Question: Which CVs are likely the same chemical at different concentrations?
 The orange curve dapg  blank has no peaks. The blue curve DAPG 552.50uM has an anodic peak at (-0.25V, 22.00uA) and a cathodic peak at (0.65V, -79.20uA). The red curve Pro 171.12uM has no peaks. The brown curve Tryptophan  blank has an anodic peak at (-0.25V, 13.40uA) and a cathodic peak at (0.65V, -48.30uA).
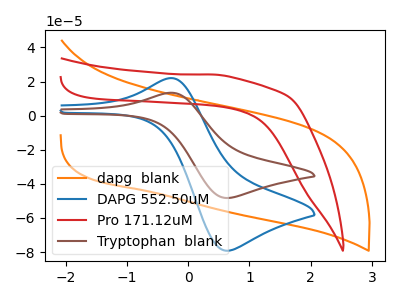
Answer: <think>"dapg  blank" and "DAPG 552.50uM" have a different number of peaks. Neither "dapg  blank" or "Pro 171.12uM" have any peaks. "dapg  blank" and "Tryptophan  blank" have a different number of peaks. "DAPG 552.50uM" and "Pro 171.12uM" have a different number of peaks. All the peaks in "DAPG 552.50uM" have a peak in "Tryptophan  blank" at the same potential. Every peak in "DAPG 552.50uM" is higher than every peak in "Tryptophan  blank". "Pro 171.12uM" and "Tryptophan  blank" have a different number of peaks.
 </think>
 <answer>"DAPG 552.50uM" and "Tryptophan  blank" have the same shape and are likely CV's of the same chemical.</answer>
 <eval>"DAPG 552.50uM" "Tryptophan  blank"</eval>